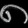
Digit: ၈